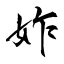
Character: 妰